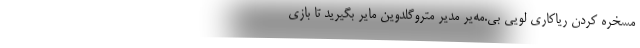
مسخره کردن ریاکاری لویی بی.مه‌یر مدیر متروگلدوین مایر بگیرید تا بازی